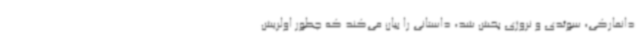
دانمارکی، سوئدی و نروژی پخش شد، داستانی را بیان می‌کند که چطور اولریش